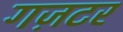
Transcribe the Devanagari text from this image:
गज़टर